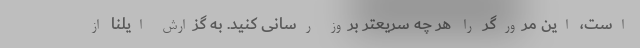
است، این مرورگر را هر چه سریعتر بروز رسانی کنید. به گزارش ایلنا از